Report on vaccination North-West Frontier Province 1904-1922 - 1904-1922
Year: 1904
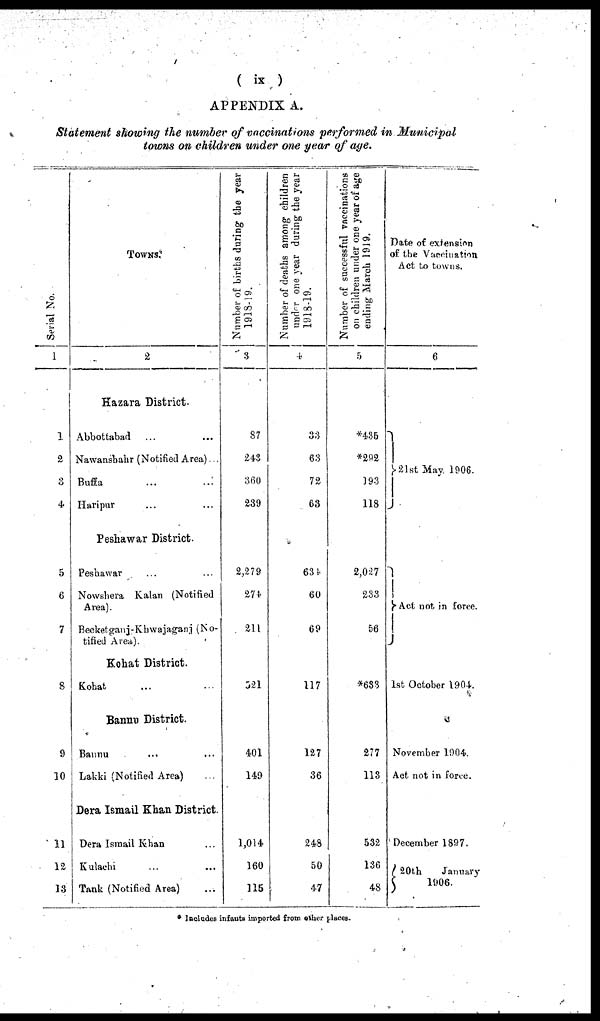
( ix )
APPENDIX A.
Statement showing the number of vaccinations performed in Municipal
towns on children under one year of age.
Serial No.
1
1
2
3
4
5
6
7
8
9
10
11
12
13
TOWNS.
2
Hazara District.
Abbottabad ... ...
Nawanshahr (Notified Area)
Buffa ... ...
Haripur ... ...
Peshawar District.
Peshawar ... ...
Nowshera Kalan (Notified
Area).
Becketganj-Khwajaganj (No-
tified Area).
Kohat District.
Kohat ... ...
Bannu District.
Bannu ... ...
Lakki (Notified Area) ...
Dera Ismail Khan District.
Dera Ismail Khan ...
Kulachi ... ...
Tank (Notified Area) ...
Number of births during the year
1918-19.
3
87
243
360
239
2,279
274
211
521
401
149
1,014
160
115
Number of deaths among children
under one year during the year
1918-19.
4
33
63
72
63
634
60
69
117
127
36
248
50
47
Number of successful vaccinations
on children under one year of age
ending March 1919.
5
*435
*292
193
118
2,027
233
56
*633
277
113
532
136
48
Date of extension
of the Vaccination
Act to towns.
6
21st May. 1906.
Act not in force.
1st October 1904
November 1904.
Act not in force.
December 1897.
20th
January
1906.
* Includes infants imported from other places.